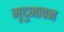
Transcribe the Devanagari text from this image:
मृदुभावन